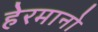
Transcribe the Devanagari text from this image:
हेरमानो